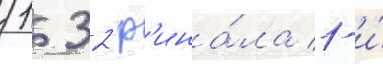
1/ 32 ф'ина́ла 1-и́